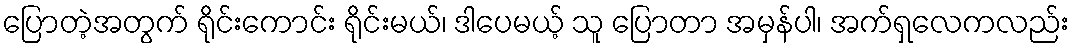
ပြောတဲ့အတွက် ရိုင်းကောင်း ရိုင်းမယ်၊ ဒါပေမယ့် သူ ပြောတာ အမှန်ပါ၊ အက်ရှလေကလည်း